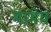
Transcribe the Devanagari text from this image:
मामेव